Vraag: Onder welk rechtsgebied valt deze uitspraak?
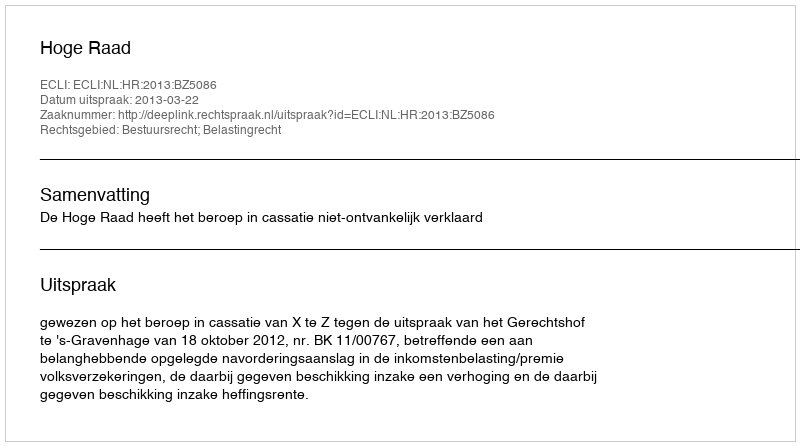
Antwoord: Bestuursrecht; Belastingrecht